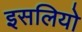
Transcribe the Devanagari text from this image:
इसलियो